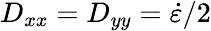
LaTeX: D_{xx}=D_{yy}=\dot{\varepsilon}/2